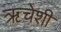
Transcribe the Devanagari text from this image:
ऋचेशी